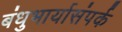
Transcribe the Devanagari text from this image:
बंधुभार्यासंपर्क